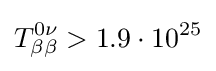
T_{\beta \beta }^{0\nu }>1.9\cdot 10^{25}